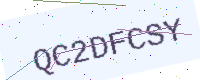
Text: QC2DFCSY